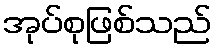
အုပ်စုဖြစ်သည်